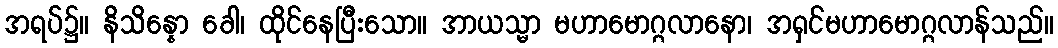
အရပ်၌။ နိသိန္နော ခေါ၊ ထိုင်နေပြီးသော။ အာယသ္မာ မဟာမောဂ္ဂလာနော၊ အရှင်မဟာမောဂ္ဂလာန်သည်။